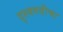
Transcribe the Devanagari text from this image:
दृश्यगतीचा